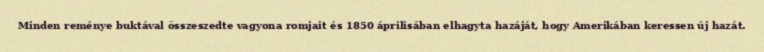
Minden reménye buktával összeszedte vagyona romjait és 1850 áprilisában elhagyta hazáját, hogy Amerikában keressen új hazát.